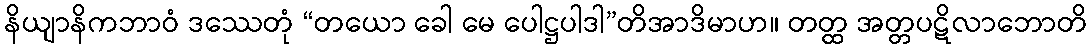
နိယျာနိကဘာဝံ ဒဿေတုံ “တယော ခေါ မေ ပေါဋ္ဌပါဒါ”တိအာဒိမာဟ။ တတ္ထ အတ္တပဋိလာဘောတိ